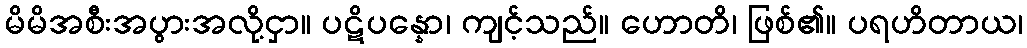
မိမိအစီးအပွားအလို့ငှာ။ ပဋိပန္နော၊ ကျင့်သည်။ ဟောတိ၊ ဖြစ်၏။ ပရဟိတာယ၊